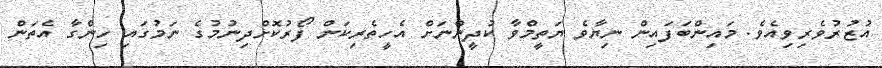
އުޒުރުވެރިވިއެވެ. މައިންބަފައިން ނިޔާވެ ޔަތީމްވާ ކުދީންނަށް އެހީތެރިކަން ފޯރުކޮށްދިނުމުގެ ނަމުގައި ހިންގާ އެތަން